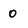
Character: 0